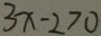
3 x - 2 > 0